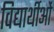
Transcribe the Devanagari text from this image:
विद्यार्थीओं